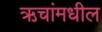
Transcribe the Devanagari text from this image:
ऋचांमधील